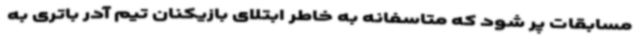
مسابقات پر شود که متاسفانه به خاطر ابتلای بازیکنان تیم آدر باتری به